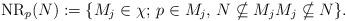
LaTeX: \begin{align*}\operatorname{NR}_p(N) := \{M_j \in \chi;\,p \in M_j,\,N \nsubseteq M_j M_j \nsubseteq N\}.\end{align*}